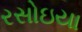
રસોઇયા